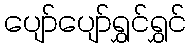
ပျော်ပျော်ရွှင်ရွှင်